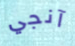
آنجي